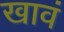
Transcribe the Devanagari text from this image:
खावं